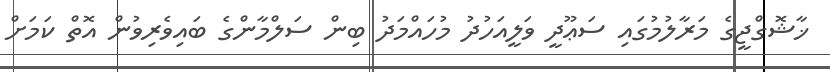
ޚާޝޮގްޖީގެ މަރާލުމުގައި ސަޢޫދީ ވަލީއަހުދު މުހައްމަދު ބިން ސަލްމާންގެ ބައިވެރިވުން އޮތް ކަމަށް